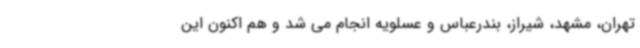
تهران، مشهد، شیراز، بندرعباس و عسلویه انجام می شد و هم اکنون این